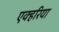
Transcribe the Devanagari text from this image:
एक्हरिया